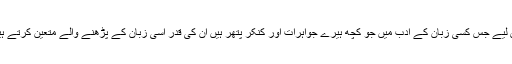
اس لیے جس کسی زبان کے ادب میں جو کچھ ہیرے جواہرات اور کنکر پتھر ہیں ان کی قدر اسی زبان کے پڑھنے والے متعین کرتے ہیں۔